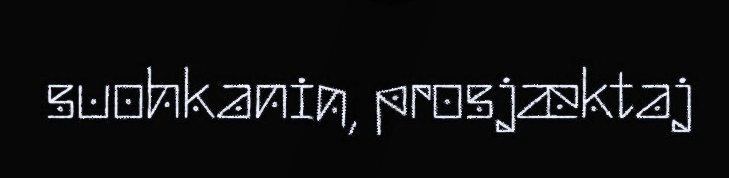
suohkanin, prosjæktaj